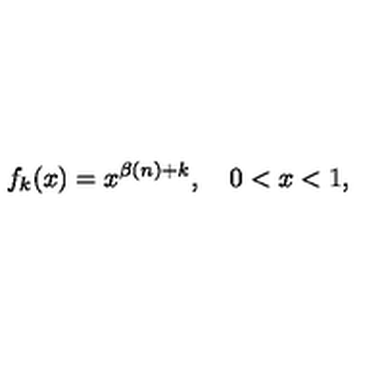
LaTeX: f _ { k } ( x ) = x ^ { \beta ( n ) + k } , \quad 0 < x < 1 ,